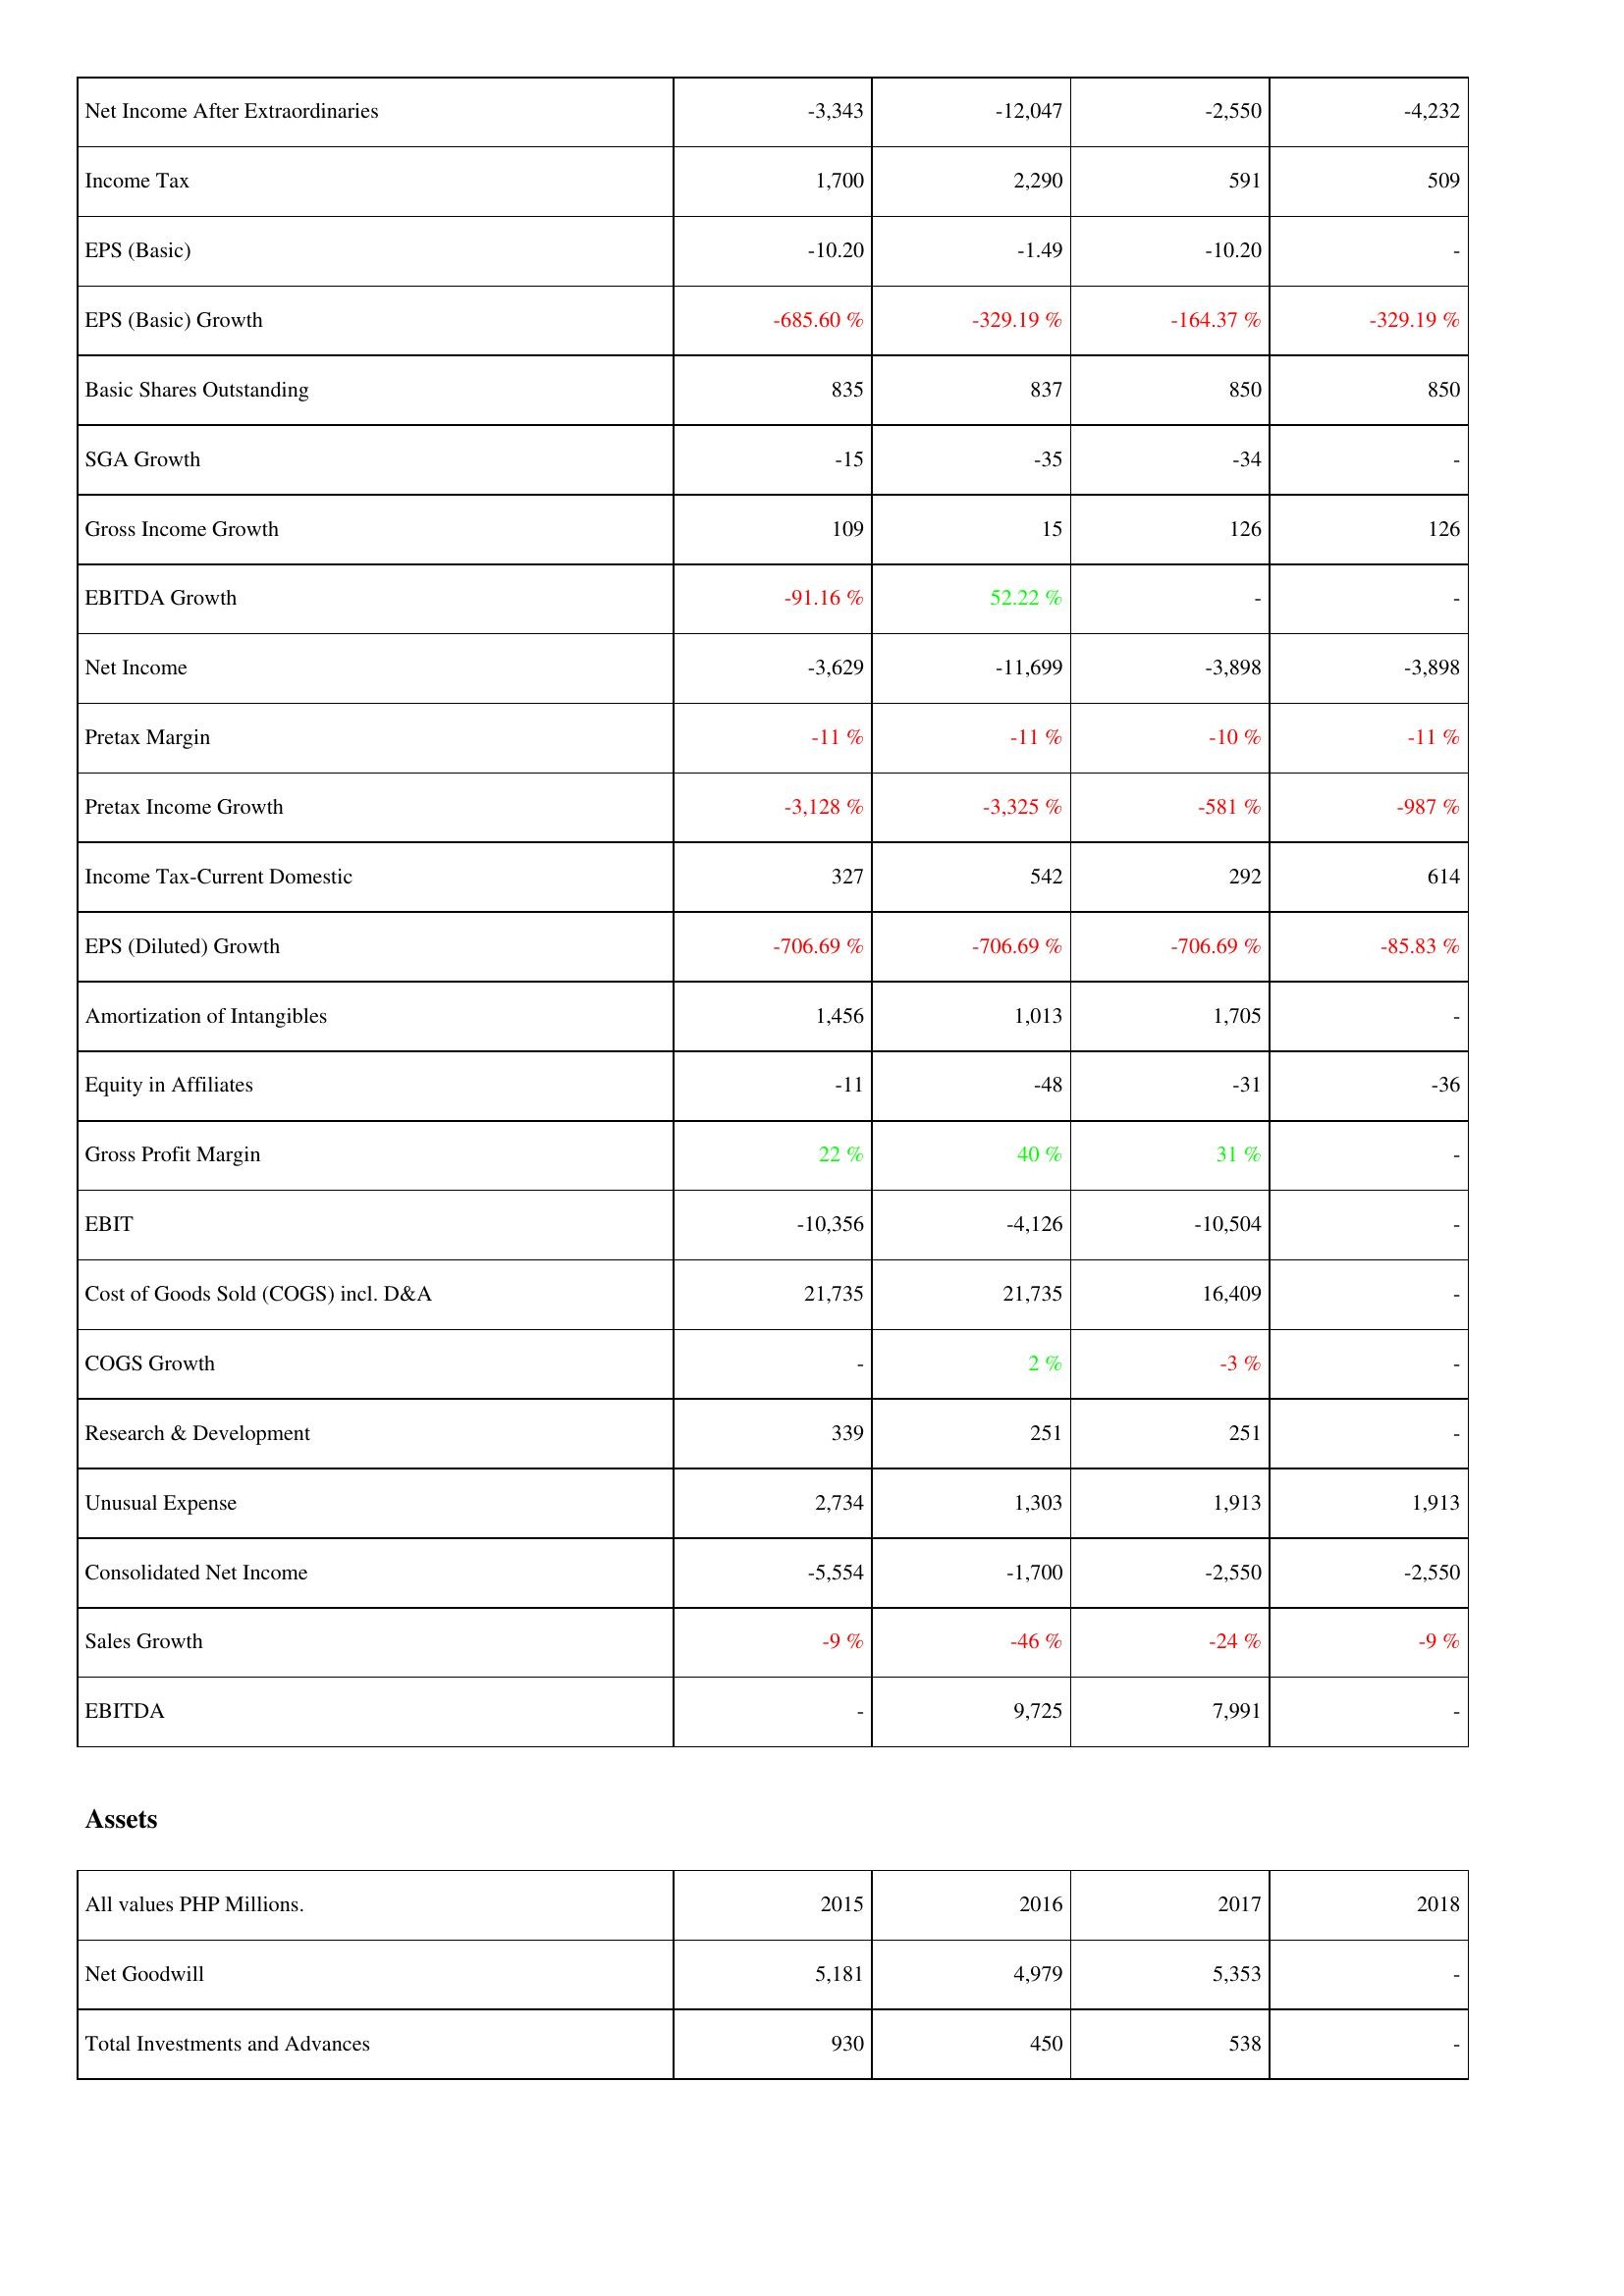
2015: Income Statement: Net Income After Extraordinaries: -3,343
Income Tax: 1,700
EPS (Basic): -10.20
EPS (Basic) Growth: -685.60 %
Basic Shares Outstanding: 835
SGA Growth: -15
Gross Income Growth: 109
EBITDA Growth: -91.16 %
Net Income: -3,629
Pretax Margin: -11 %
Pretax Income Growth: -3,128 %
Income Tax-Current Domestic: 327
EPS (Diluted) Growth: -706.69 %
Amortization of Intangibles: 1,456
Equity in Affiliates: -11
Gross Profit Margin: 22 %
EBIT: -10,356
Cost of Goods Sold (COGS) incl. D&A: 21,735
COGS Growth: -
Research & Development: 339
Unusual Expense: 2,734
Consolidated Net Income: -5,554
Sales Growth: -9 %
EBITDA: -
Assets: Net Goodwill: 5,181
Total Investments and Advances: 930
2016: Income Statement: Net Income After Extraordinaries: -12,047
Income Tax: 2,290
EPS (Basic): -1.49
EPS (Basic) Growth: -329.19 %
Basic Shares Outstanding: 837
SGA Growth: -35
Gross Income Growth: 15
EBITDA Growth: 52.22 %
Net Income: -11,699
Pretax Margin: -11 %
Pretax Income Growth: -3,325 %
Income Tax-Current Domestic: 542
EPS (Diluted) Growth: -706.69 %
Amortization of Intangibles: 1,013
Equity in Affiliates: -48
Gross Profit Margin: 40 %
EBIT: -4,126
Cost of Goods Sold (COGS) incl. D&A: 21,735
COGS Growth: 2 %
Research & Development: 251
Unusual Expense: 1,303
Consolidated Net Income: -1,700
Sales Growth: -46 %
EBITDA: 9,725
Assets: Net Goodwill: 4,979
Total Investments and Advances: 450
2017: Income Statement: Net Income After Extraordinaries: -2,550
Income Tax: 591
EPS (Basic): -10.20
EPS (Basic) Growth: -164.37 %
Basic Shares Outstanding: 850
SGA Growth: -34
Gross Income Growth: 126
EBITDA Growth: -
Net Income: -3,898
Pretax Margin: -10 %
Pretax Income Growth: -581 %
Income Tax-Current Domestic: 292
EPS (Diluted) Growth: -706.69 %
Amortization of Intangibles: 1,705
Equity in Affiliates: -31
Gross Profit Margin: 31 %
EBIT: -10,504
Cost of Goods Sold (COGS) incl. D&A: 16,409
COGS Growth: -3 %
Research & Development: 251
Unusual Expense: 1,913
Consolidated Net Income: -2,550
Sales Growth: -24 %
EBITDA: 7,991
Assets: Net Goodwill: 5,353
Total Investments and Advances: 538
2018: Income Statement: Net Income After Extraordinaries: -4,232
Income Tax: 509
EPS (Basic): -
EPS (Basic) Growth: -329.19 %
Basic Shares Outstanding: 850
SGA Growth: -
Gross Income Growth: 126
EBITDA Growth: -
Net Income: -3,898
Pretax Margin: -11 %
Pretax Income Growth: -987 %
Income Tax-Current Domestic: 614
EPS (Diluted) Growth: -85.83 %
Amortization of Intangibles: -
Equity in Affiliates: -36
Gross Profit Margin: -
EBIT: -
Cost of Goods Sold (COGS) incl. D&A: -
COGS Growth: -
Research & Development: -
Unusual Expense: 1,913
Consolidated Net Income: -2,550
Sales Growth: -9 %
EBITDA: -
Assets: Net Goodwill: -
Total Investments and Advances: -